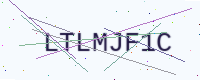
Text: LTLMJF1C